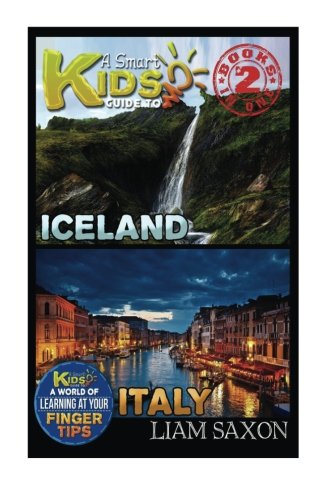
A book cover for A Smart Kids Guide To ICELAND AND ITALY: A World Of Learning At Your Fingertips; Liam Saxon; Travel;